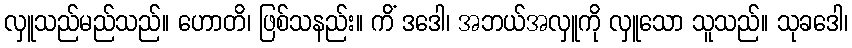
လှူသည်မည်သည်။ ဟောတိ၊ ဖြစ်သနည်း။ ကိံ ဒဒေါ၊ အဘယ်အလှူကို လှူသော သူသည်။ သုခဒေါ၊